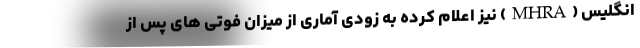
انگلیس (MHRA) نیز اعلام کرده به زودی آماری از میزان فوتی های پس از